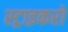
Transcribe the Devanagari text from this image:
स्ट्राइकरों